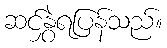
ဆင်နွှဲရပြန်သည်။